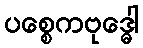
ပစ္စေကဗုဒ္ဓေါ